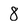
Character: 8